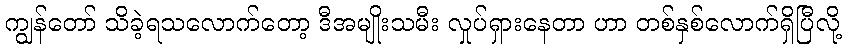
ကျွန်တော် သိခဲ့ရသလောက်တော့ ဒီအမျိုးသမီး လှုပ်ရှားနေတာ ဟာ တစ်နှစ်လောက်ရှိပြီလို့